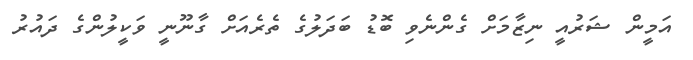
އަމީން ޝަރުއީ ނިޒާމަށް ގެންނެވި ބޮޑު ބަދަލުގެ ތެރެއަށް ގާނޫނީ ވަކީލުންގެ ދައުރު